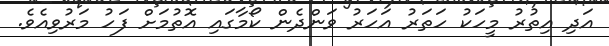
އަދި އިތުރު މީހަކު ހަތަރު އަހަރު ވަންދެން ކޯމާގައި އޮތުމަށް ފަހު މަރުވިއެވެ.